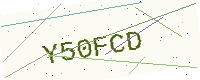
Text: Y50FCD